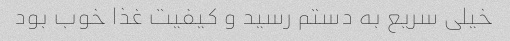
خیلی سریع به دستم رسید و کیفیت غذا خوب بود